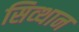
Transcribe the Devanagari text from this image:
सिव्थान